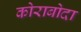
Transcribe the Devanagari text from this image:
कोराबोदा